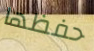
حفظها